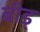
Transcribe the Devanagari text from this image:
बीड्